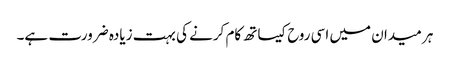
ہر میدان میں اسی روح کیساتھ کام کرنے کی بہت زیادہ ضرورت ہے۔